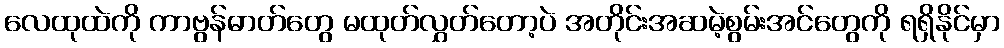
လေထုထဲကို ကာဗွန်ဓာတ်တွေ မထုတ်လွှတ်တော့ပဲ အတိုင်းအဆမဲ့စွမ်းအင်တွေကို ရရှိနိုင်မှာ